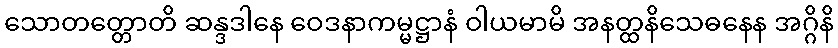
သောတတ္တောတိ ဆန္ဒဒါနေ ဝေဒနာကမ္မဋ္ဌာနံ ဝါယမာမိ အနတ္ထနိသေဓနေန အဂ္ဂိနိ